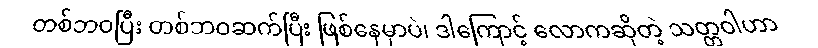
တစ်ဘဝပြီး တစ်ဘဝဆက်ပြီး ဖြစ်နေမှာပဲ၊ ဒါကြောင့် လောကဆိုတဲ့ သတ္တဝါဟာ